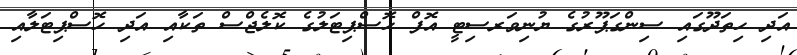
އަދި ހިތަދޫގައި ސިންގަޕޫރުގެ ޔުނިވަރސިޓީ އޮފް ހޮސްޕިޓަލުގެ ކޮލެޖްސް ތަކާއި އަދި ހޮސްޕިޓަލާއި